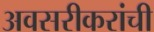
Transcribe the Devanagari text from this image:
अवसरीकरांची